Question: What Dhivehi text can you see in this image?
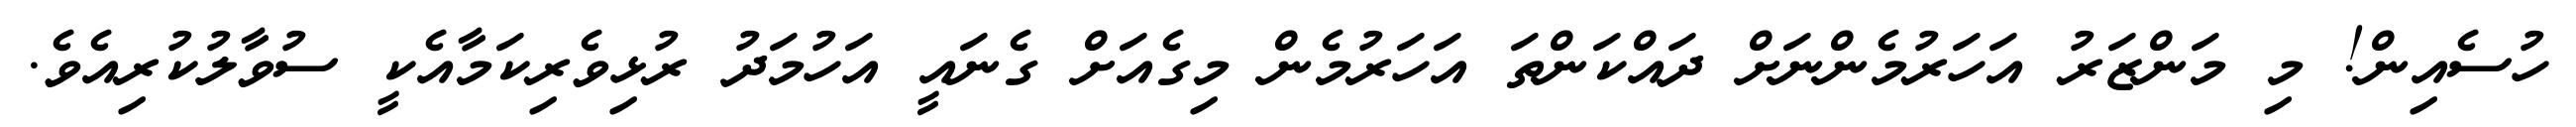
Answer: ހުސެއިން! މި މަންޒަރު އަހަރުމެންނަށް ދައްކަންތަ އަހަރުމެން މިގެއަށް ގެނައީ އަހުމަދު ރުޅިވެރިކަމާއެކީ ސުވާލުކުރިއެވެ.